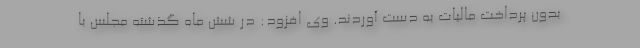
بدون پرداخت مالیات به دست آوردند. وی افزود: در شش ماه گذشته مجلس با